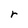
Character: r